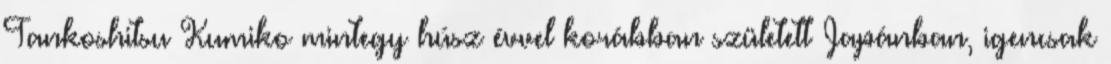
Tankoshitsu Kumiko mintegy húsz évvel korábban született Japánban, igencsak